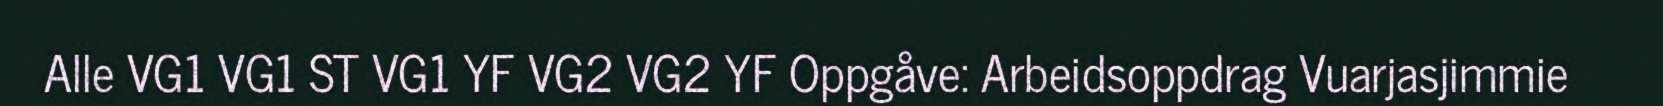
Alle VG1 VG1 ST VG1 YF VG2 VG2 YF Oppgåve: Arbeidsoppdrag Vuarjasjimmie